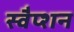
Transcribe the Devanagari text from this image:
स्वैप्शन